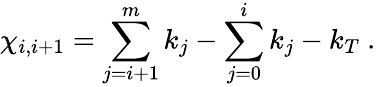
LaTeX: \chi_{i,i+1}=\sum_{j=i+1}^{m}k_{j}-\sum_{j=0}^{i}k_{j}-k_{T}~.~\,